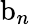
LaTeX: \mathrm{b}_{n}